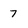
Character: 7